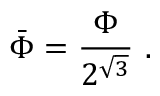
\bar { \Phi } = \frac { \Phi } { 2 ^ { \sqrt { 3 } } } \ .